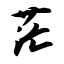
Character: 茫